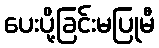
ပေးပို့ခြင်းမပြုမီ